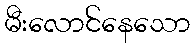
မီးလောင်နေသော